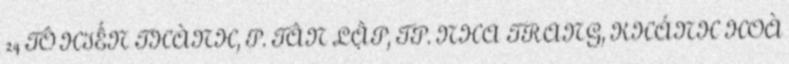
24 TÔ HIẾN THÀNH, P. TÂN LẬP, TP. NHA TRANG, KHÁNH HOÀ